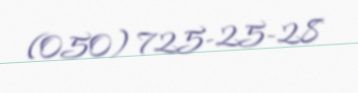
(050) 725-25-28